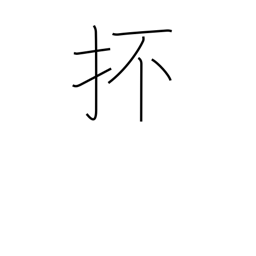
Meaning: and so forth